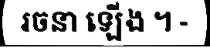
រចនា ឡើង ។ -